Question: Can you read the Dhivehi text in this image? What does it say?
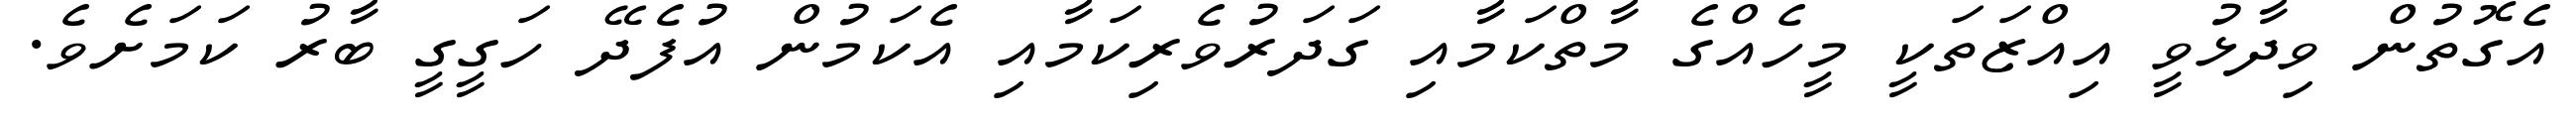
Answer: އެގޮތުން ވިދާޅުވީ އިއްޒަތަކީ މީހެއްގެ މާތްކަމާއި ގަދަރުވެރިކަމާއި އެކަމުން އުފެދޭ ހަގީގީ ބާރު ކަމަށެވެ.